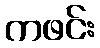
ကဖင်း